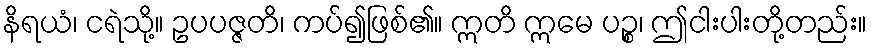
နိရယံ၊ ငရဲသို့။ ဥပပဇ္ဇတိ၊ ကပ်၍ဖြစ်၏။ ဣတိ ဣမေ ပဉ္စ၊ ဤငါးပါးတို့တည်း။